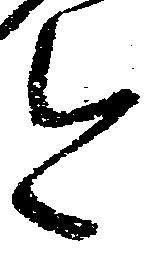
今